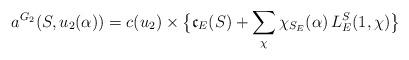
LaTeX: \begin{align*}a^{G_2}(S,u_2(\alpha))=c(u_2) \times \big\{ \mathfrak{c}_E(S)+\sum_\chi \chi_{S_E}(\alpha)\, L_E^S(1,\chi) \big\}\end{align*}